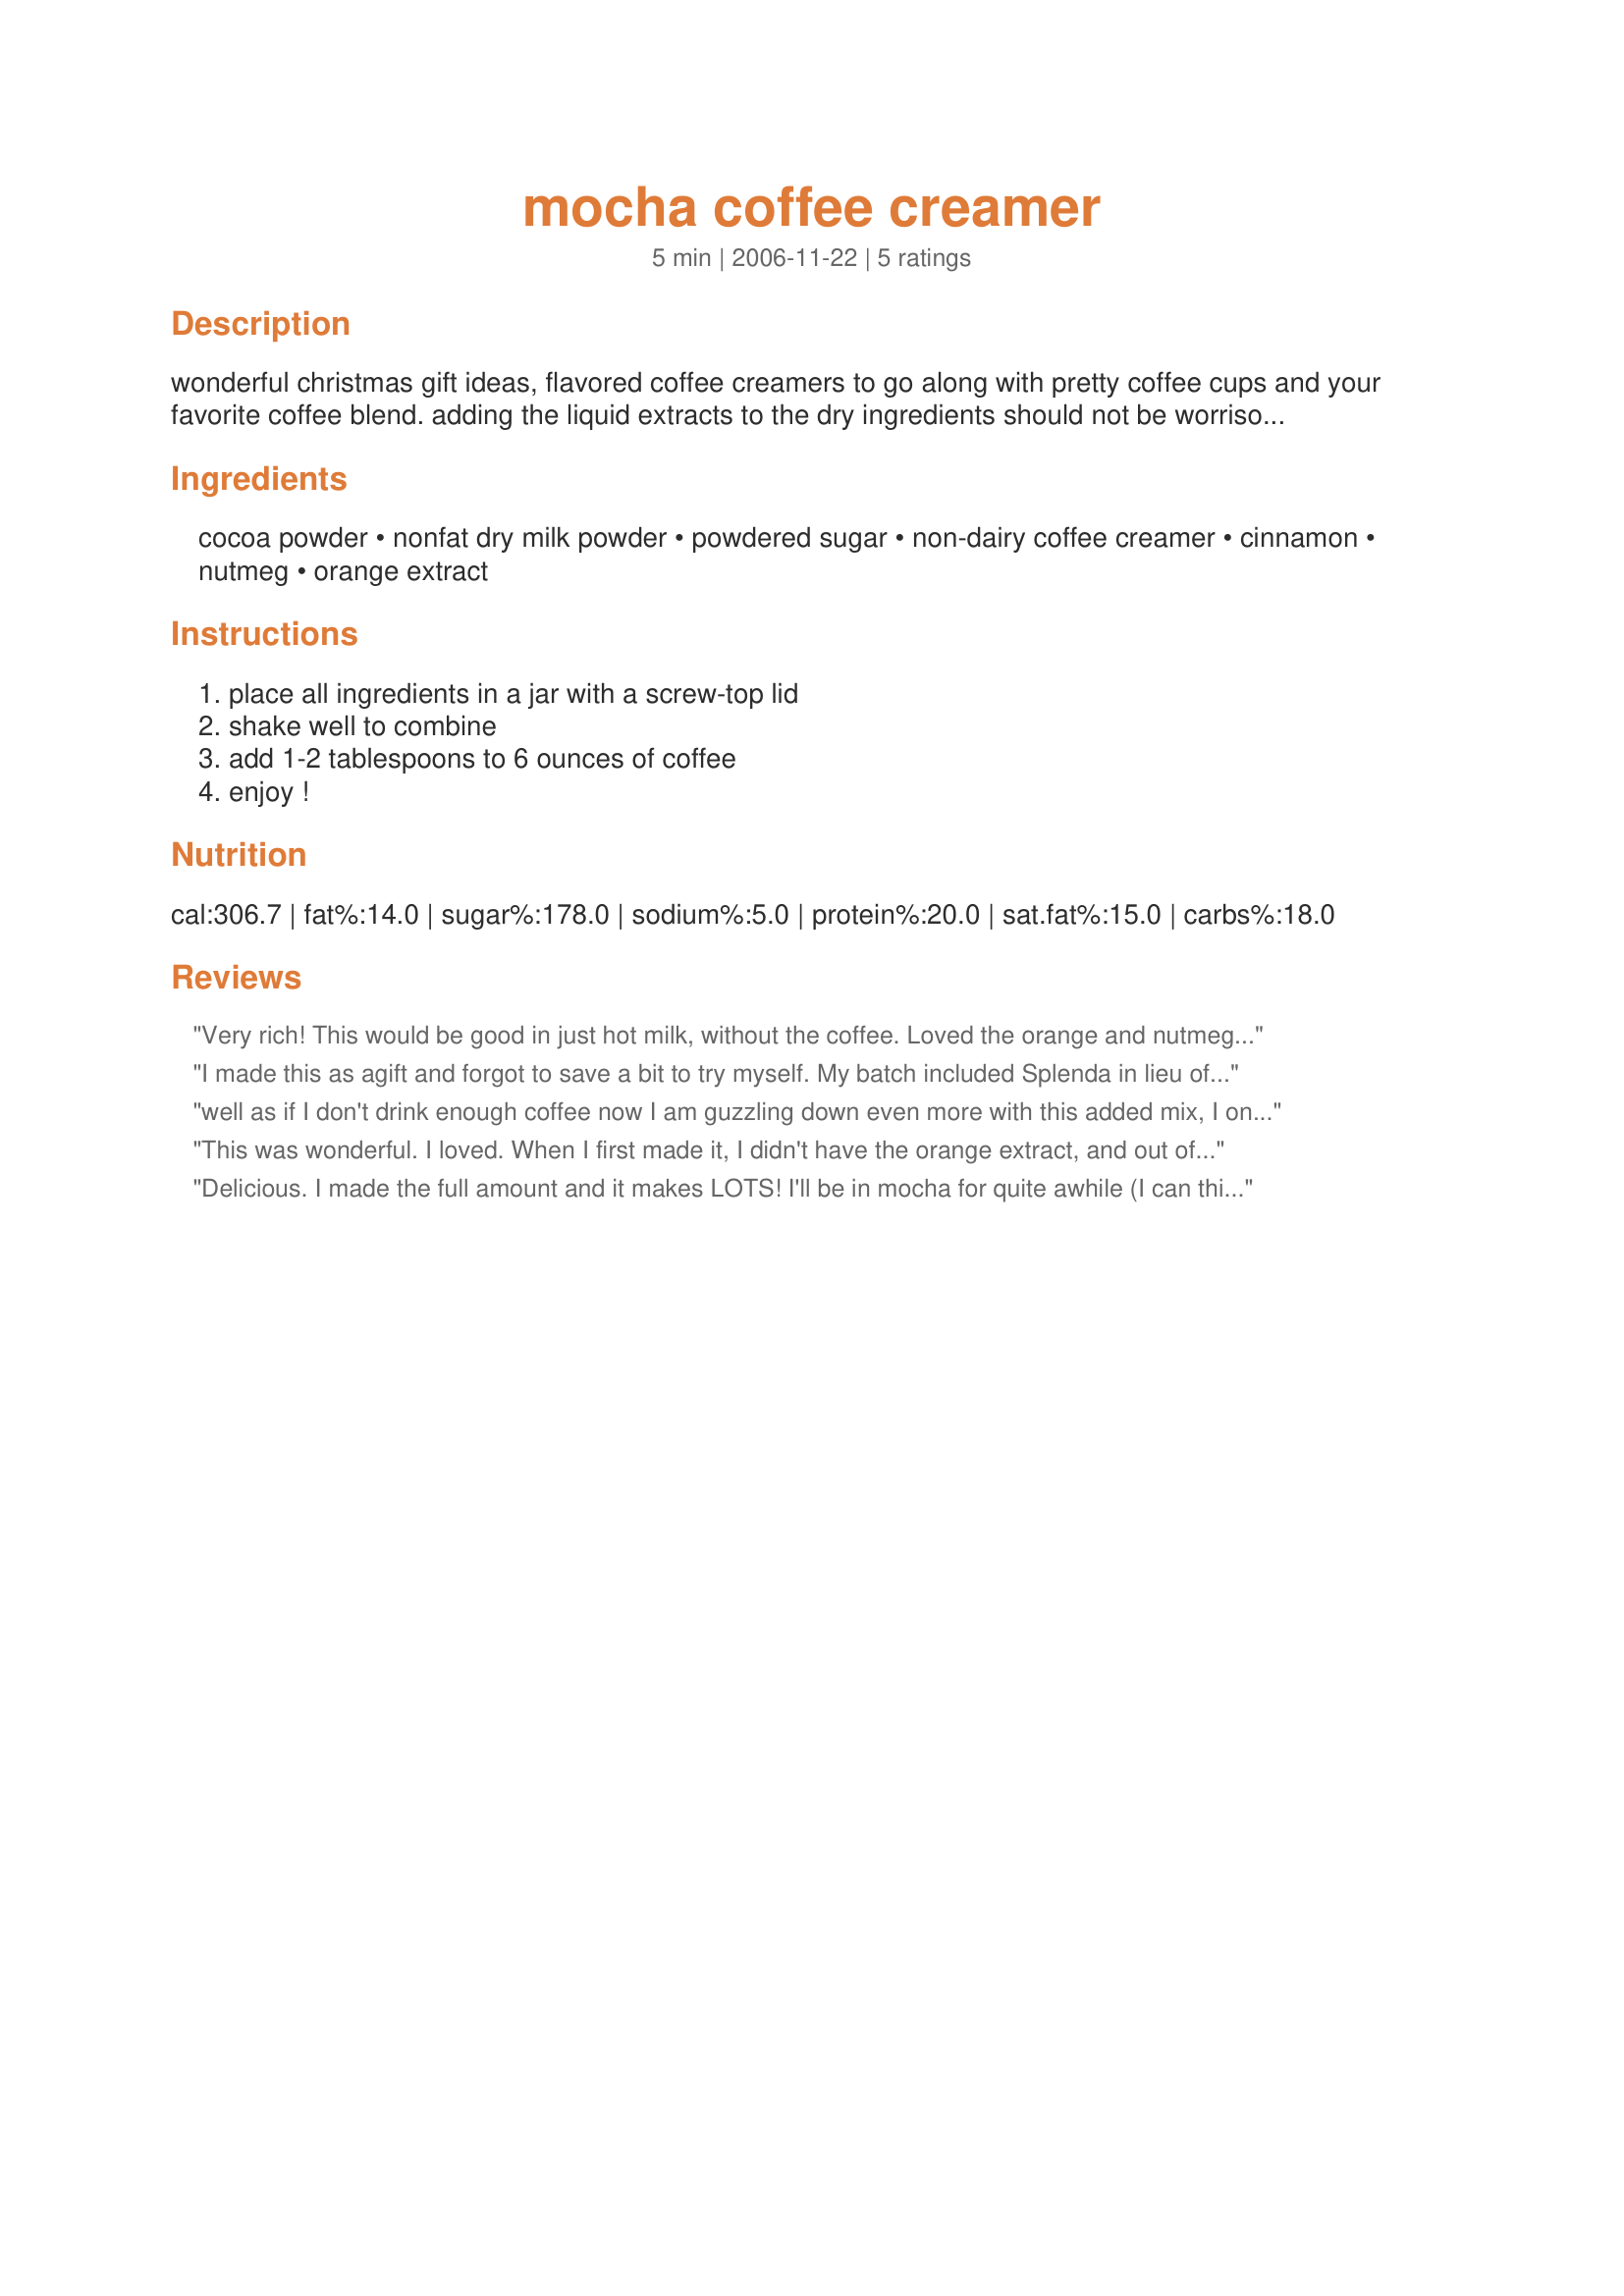
mocha coffee creamer
Preparation time: 5 minutes

wonderful christmas gift ideas, flavored coffee creamers to go along with pretty coffee cups and your favorite coffee blend. adding the liquid extracts to the dry ingredients should not be worrisome with this helpful tip. place dry ingredients in a jar, sprinkle the wet ingredients over the dry, close lid tightly and shake well for about 20-30 seconds. include a card with instructions, 1-2 tablespoons of creamer per mug and your gift is ready for giving. this recipe was adapted from a cooking information and recipe website.

Ingredients:
cocoa powder, nonfat dry milk powder, powdered sugar, non-dairy coffee creamer, cinnamon, nutmeg, orange extract

Steps:
place all ingredients in a jar with a screw-top lid, shake well to combine, add 1-2 tablespoons to 6 ounces of coffee, enjoy !

Reviews:
Very rich! This would be good in just hot milk, without the coffee. Loved the orange and nutmeg (I doubled the nutmeg :) ) I cut the recipe in half and it still made lots. The 4 mugs in the yield is more like 4 cups! I used Splenda for the powdered sugar. Made for Winter 2010 Comfort Cafe game.
I made this as agift and forgot to save a bit to try myself. My batch included Splenda in lieu of the powdered sugar (used about 3/4 cupsince it's a bit sweeter) and a reduced fat non-dairy creamer. To get the orange extract mixed in I first sprinkled it across the the top and kept raking the mix using a fork. The smell of the blend was just great. Thanks Lauralie.
well as if I don't drink enough coffee now I am guzzling down even more with this added mix, I only made half a recipe since it was my first time, I'm sorry that I didn't make the full amount, this is just way too good, I plan on making this to give as gifts over the holidays as well as use myself, thanks for this great mix hon!...Kitten
This was wonderful. I loved. When I first made it, I didn't have the orange extract, and out of curiosity tried it that way, too. Both are excellent, but the extract adds something almost softer to it. I loved it.
Aussiekarin
Delicious. I made the full amount and it makes LOTS! I'll be in mocha for quite awhile (I can think of far worse things!). Super easy, just mix it and add as much as you would like to your coffee. The only thing I changed was to replace the orange extract with dried orange bits and Splenda for the sugar.
